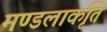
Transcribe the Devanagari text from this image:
मण्डलाकृति